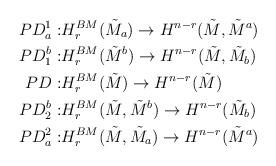
LaTeX: \begin{align*}\begin{aligned}PD^1_a: &H^{BM}_r(\tilde M_a)\to H^{n-r}(\tilde M, \tilde M^a)\\PD^b_1: &H^{BM}_r(\tilde M^b)\to H^{n-r}(\tilde M, \tilde M_b)\\PD : &H^{BM}_r(\tilde M)\to H^{n-r}(\tilde M)\\PD^b_2: &H^{BM}_r(\tilde M, \tilde M^b)\to H^{n-r}(\tilde M_b)\\PD^2_a: &H^{BM}_r(\tilde M, \tilde M_a)\to H^{n-r}(\tilde M^a)\\\end{aligned}\end{align*}